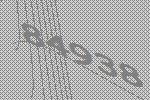
84938